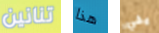
تنانين هذا يفي